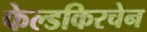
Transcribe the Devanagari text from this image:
फेल्डकिरचेन